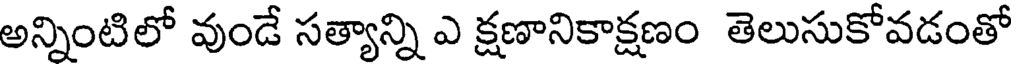
అన్నింటిలో వుండే సత్యాన్ని ఎ క్షణానికాక్షణం తెలుసుకోవడంతో